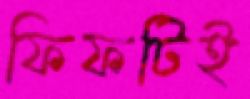
ফিফটিই